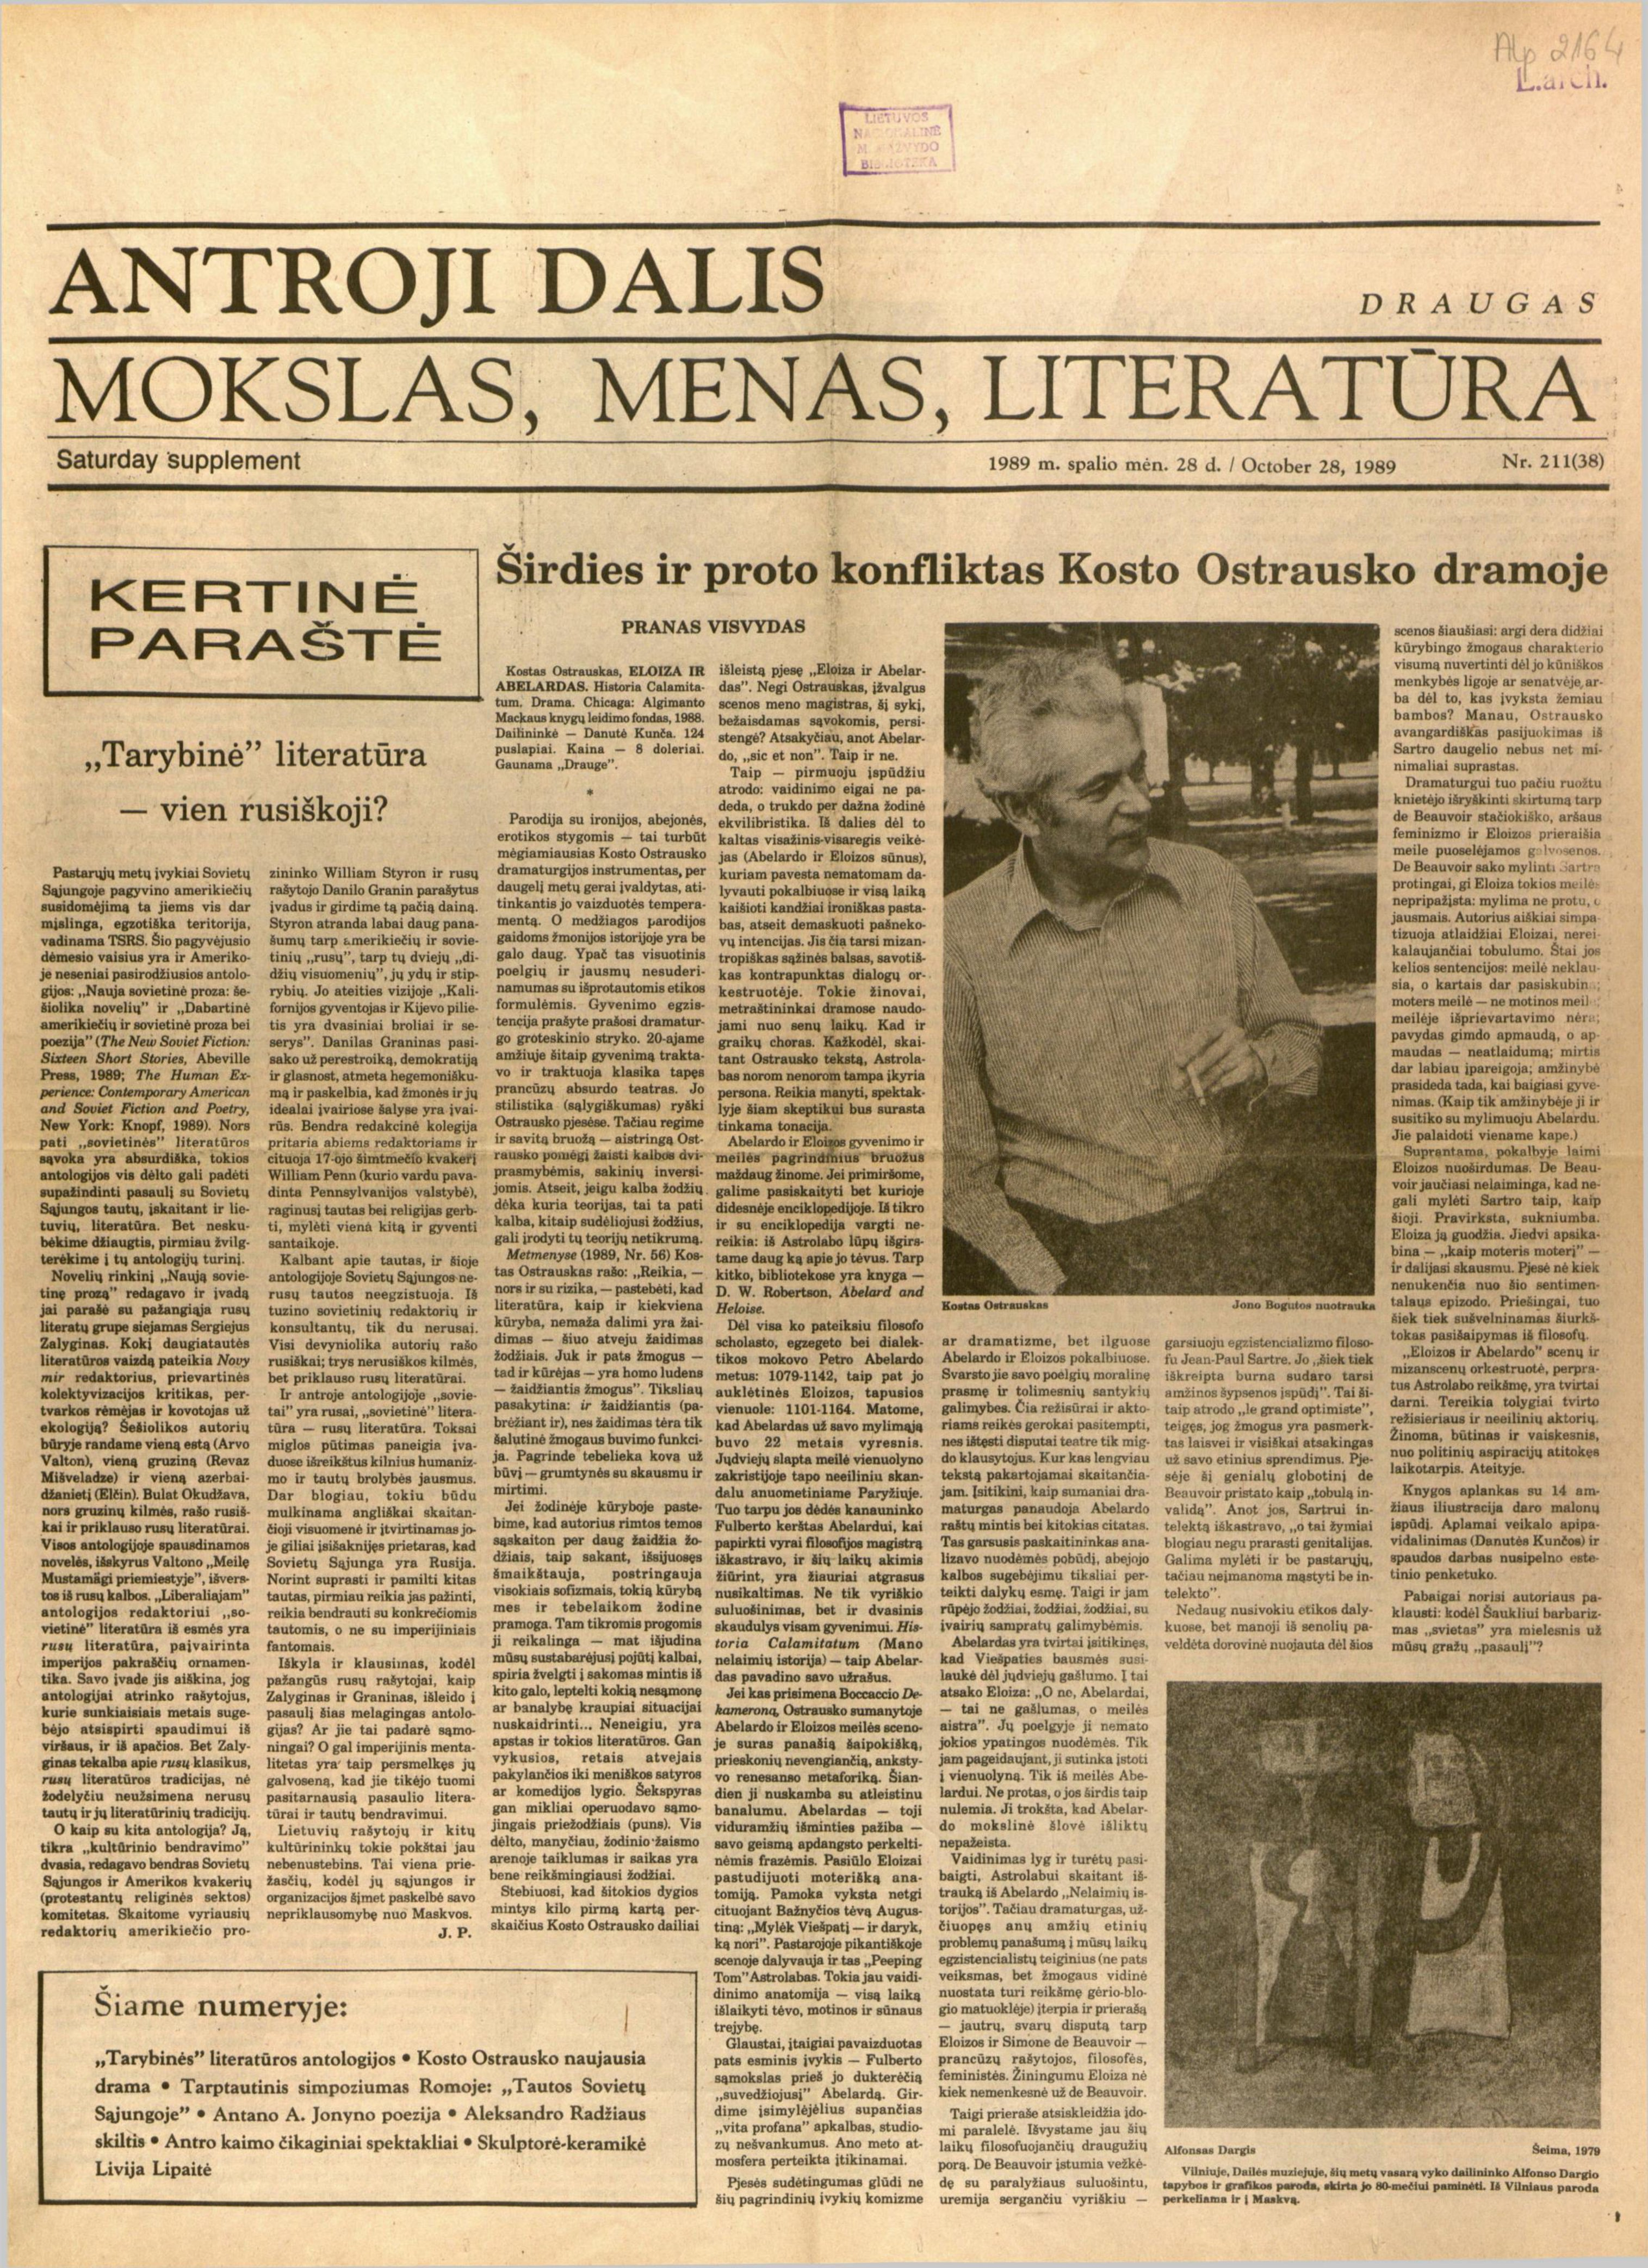
Language: lt